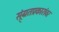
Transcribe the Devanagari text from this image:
संग्र्र्तप्रकारांवर